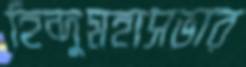
হিন্দুমহাসভার